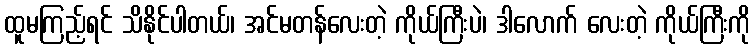
ထူမကြည့်ရင် သိနိုင်ပါတယ်၊ အင်မတန်လေးတဲ့ ကိုယ်ကြီးပဲ၊ ဒါလောက် လေးတဲ့ ကိုယ်ကြီးကို